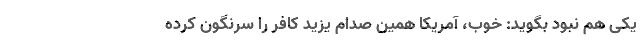
یکی هم نبود بگوید: خوب، آمریکا همین صدام یزید کافر را سرنگون کرده